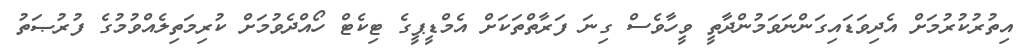
އިތުރުކުރުމަށް އެދިވަޑައިގަންނަވަމުންދާތީ ވީހާވެސް ގިނަ ފަރާތްތަކަށް އެމްޑީޕީގެ ޓިކެޓް ހޯއްދެވުމަށް ކުރިމަތިލެއްވުމުގެ ފުރުޞަތު